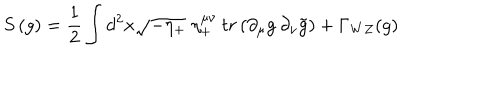
S \, ( g ) = { \frac { 1 } { 2 } } \int d ^ { 2 } x \sqrt { - \eta _ { + } } \; \eta _ { + } ^ { \mu \nu } \: t r \left( \partial _ { \mu } g \: \partial _ { \nu } \tilde { g } \right) + \Gamma _ { W Z } ( g )